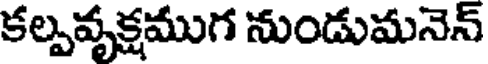
కల్పవృక్షముగ నుండుమనెన్